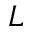
L